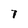
Character: 7